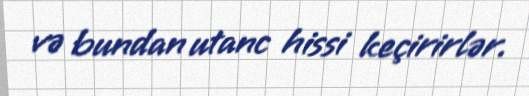
və bundan utanc hissi keçirirlər.